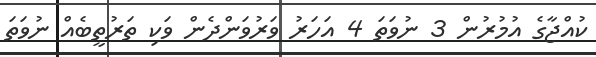
ކުއްޖާގެ އުމުރުން 3 ނުވަތަ 4 އަހަރު ވަރުވަންދެން ވަކި ތަރުތީބެއް ނުވަތަ